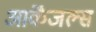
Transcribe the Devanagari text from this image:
आर्केंजल्स